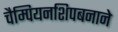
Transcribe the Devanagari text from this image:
चैम्पियनशिपबनाने